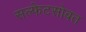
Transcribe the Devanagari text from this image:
सल्फेटसोबत